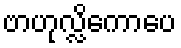
ဗာဟုလ္လိကောပေ